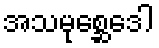
အသမုစ္ဆေဒေါ